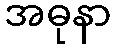
အဓုနာ